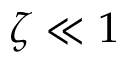
\zeta \ll 1